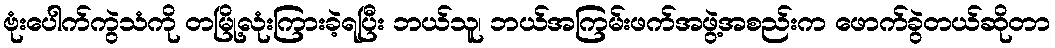
ဗုံးပေါက်ကွဲသံကို တမြို့လုံးကြားခဲ့ရပြီး ဘယ်သူ၊ ဘယ်အကြမ်းဖက်အဖွဲ့အစည်းက ဖောက်ခွဲတယ်ဆိုတာ